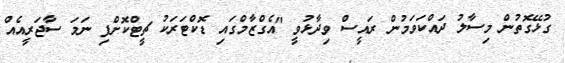
ގުޅޭގޮތުން މިސާލު ދައްކަވަމުން ރައީސް ވިދާޅުވީ "އެގްޒާމްގައި ޑޮކްޓަރަކު ޗީޓްކޮށްފި ނަމަ ސާޖަރީއެއް